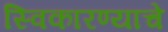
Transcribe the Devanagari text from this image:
स्विकारण्याचे